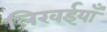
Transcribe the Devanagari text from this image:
लिखईयाँ